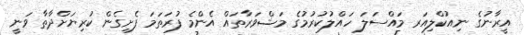
އީރާނުގެ ނިއުކްލިއަރ މައްސަލަ ހައްލުކުރުމުގެ މަޝްވަރާތައް އެންމެ ފުރަތަމަ ފެށިގެން ކުރިޔަށްދާތާ ވަނީ